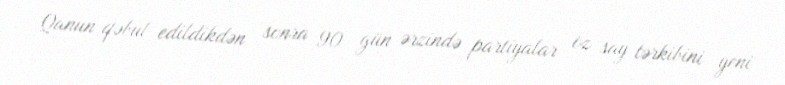
Qanun qəbul edildikdən sonra 90 gün ərzində partiyalar öz say tərkibini yeni